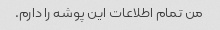
من تمام اطلاعات این پوشه را دارم.